system: You are a helpful assistant.
user:
Analyze the provided spectrum to determine if it is a **S-type Star**.

- **Key Indicators for S-type Star:**

    - **(Overall Spectrum Shape):** The first and most obvious characteristic is the overall continuum (the "baseline" shape). It is **extremely "red-sloping,"** meaning the flux (light intensity) is very low on the left side (blue, ~4000-4500 Å) and rises steeply and continuously toward the right side (red, ~7000 Å+).

    - **(Primary):** The spectrum is defined by the presence of strong, broad molecular absorption "valleys" (bands) from **Zirconium Oxide (ZrO)**. The identification of these bands is the **primary requirement** for classifying a star as S-type.
        - **(Key Bandheads):** You must find distinct, deep "dips" where the light has been absorbed. The most critical band systems to locate are:
            - **~6474 Å** ($\gamma$-system): This is often the strongest and clearest ZrO feature, found in the red part of the spectrum.
            - **~5718 Å** & **~5551 Å** ($\beta$-system): A pair of prominent absorption features in the yellow-orange part of the spectrum.
            - **~4640 Å** ($\alpha$-system): A key absorption band system in the blue-green region of the spectrum.

    - **(Secondary Confirmation):** The classification is strengthened by finding additional absorption bands from other related heavy element oxides, which are expected to be present alongside ZrO.
        - **(Key Bandheads):**
            - **Yttrium Oxide (YO):** Look for absorption dips near **~4800 Å** and **~6100 Å**.
            - **Lanthanum Oxide (LaO):** Additional absorption features, particularly in the red-orange part of the spectrum, are also characteristic.

    - **(Line Profile):** The combination of the steep red continuum and these numerous, deep molecular bands (ZrO, YO, etc.) gives the entire spectrum a very **"chopped-up"** or **"bumpy"** appearance. Instead of a smooth curve, the spectrum looks as though large, wide chunks of light have been "carved out" of it at the specific wavelengths listed above.

Think first, call **spectral_visualization_tool** if needed to examine features in detail, then provide your final answer. Your response must adhere to the following strict rules:
1.  **Overall Structure:** Your response must follow the format `<think>...</think> <tool_call>...</tool_call> (if a tool is used) <answer>...</answer>`.
2.  **Tool Usage Constraint:** You may only make **one** tool call per turn.
3.  **Final Answer Format:** In the `<answer>` tag, your conclusion must be inside a `\boxed{}` command (e.g., `\boxed{YES}` or `\boxed{NO}`), followed by your justification.

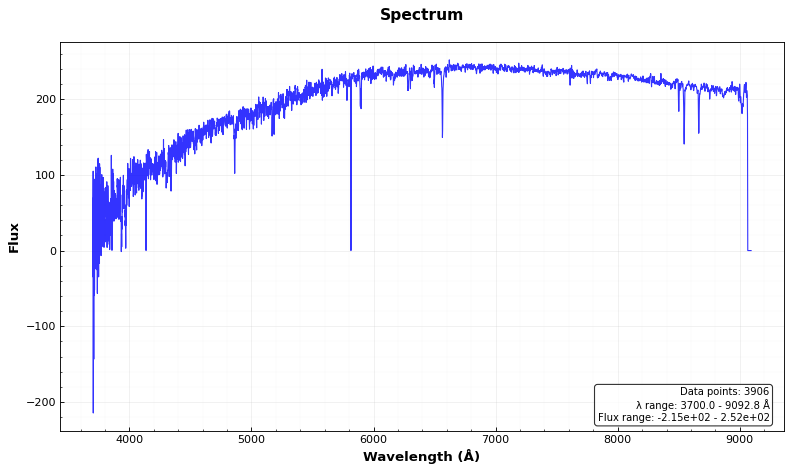
Answer: NO